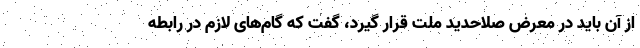
از آن باید در معرض صلاحدید ملت قرار گیرد، گفت که گام‌های لازم در رابطه